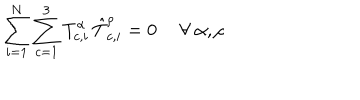
\sum _ { i = 1 } ^ { N } \sum _ { c = 1 } ^ { 3 } { T } _ { c , i } ^ { \alpha } \, { \hat { T } } _ { c , i } ^ { \rho } = 0 \ \forall \ \alpha , \rho